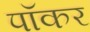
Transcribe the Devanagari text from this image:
पॉकर